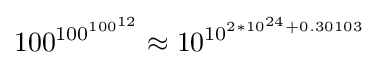
100^{100^{100^{12}}}\approx 10^{10^{2*10^{24}+0.30103}}